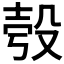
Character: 𣪒